Account of plague administration in the Bombay Presidency from September 1896 till May 1897
Year: 1896
Disease focus: Plague
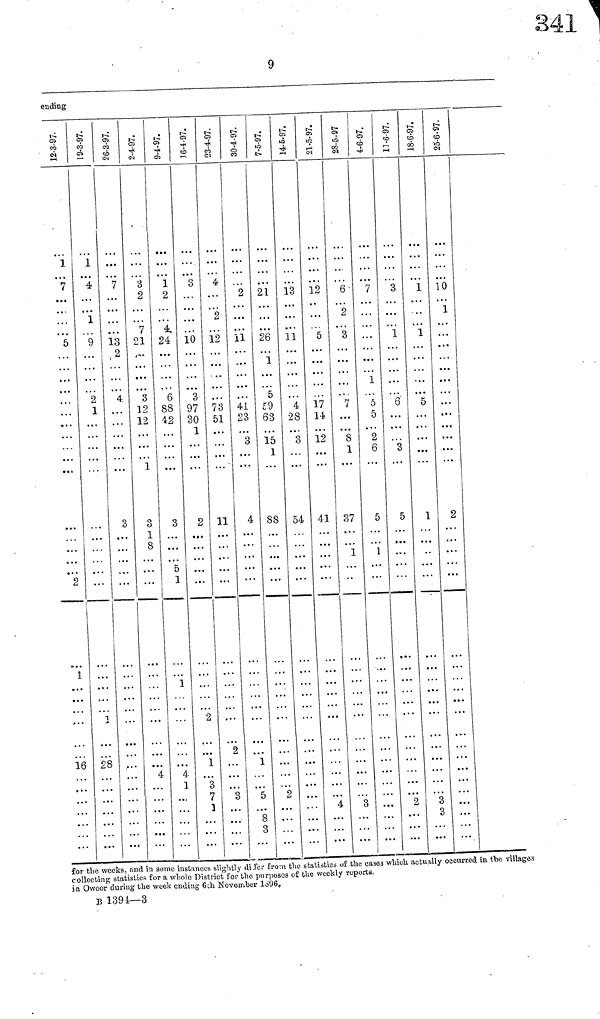
9
euding
12-3-97.
1
7
· ·
5
...
1
2
1
16
...
9-3-97.
1
4
1
9
2
1
...
1
28
...
26-3-97.
7
...
13
2
4
...
3
...
...
2-4-97.
3
2
7
21
3
12
12
1
3
1
8
...
4
9-4-97.
1
2
4
24
6
88
42
3
5
1
1
4
1
16-4-97.
3
10
3
97
30
1
2
2
1
7
23-4-97.
4
2
12
73
51
11
2
3
30-4-97.
2
11
41
23
3
4
1
5
8
3
7-5-97.
21
26
1
5
59
63
15
1
88
2
. . .
14-5-97
13
11
4
28
3
54
21-5-97.
12
5
17
14
12
41
4
28-5-97.
6
2
3
7
8
1
37
1
3
4-6-97.
7
1
5
5
2
6
5
1
..
11-6-97.
3
1
...
6
3
5
2
18-6-97.
1
1
...
5
1
..
3
25-6-97.
10
1
. . .
. . .
. . .
. . .
. . .
2
. . .
...
for the weeks, and in gome instances slightly /ill/ from the statiástics of the cases which actually occurred in the villages
collecting statistics for a whole District for the purposes of the weekly reports,
in Owoor during the week ending 6ih November 1896,
B 139‡—3